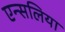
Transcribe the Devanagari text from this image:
एन्सलिया